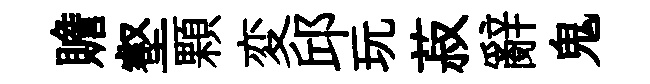
贍壑顆変邱玩菽辭鬼